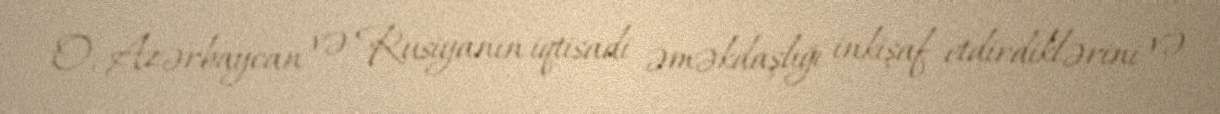
O, Azərbaycan və Rusiyanın iqtisadi əməkdaşlığı inkişaf etdirdiklərini və